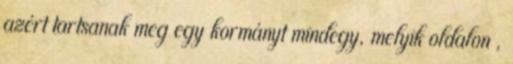
azért tartsanak meg egy kormányt mindegy, melyik oldalon ,